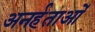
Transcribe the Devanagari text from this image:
अनर्हताओं